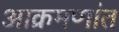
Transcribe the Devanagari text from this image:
आक्रमणांत